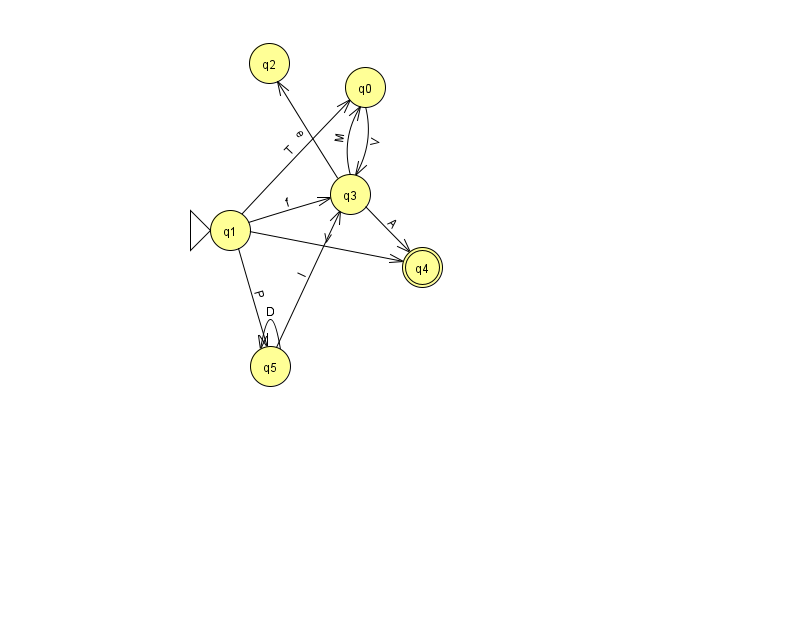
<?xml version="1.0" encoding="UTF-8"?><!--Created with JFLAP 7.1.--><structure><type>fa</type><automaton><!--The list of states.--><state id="0" name="q0"><x>365.0</x><y>74.0</y></state><state id="1" name="q1"><x>230.0</x><y>217.0</y><initial/></state><state id="2" name="q2"><x>269.0</x><y>50.0</y></state><state id="3" name="q3"><x>350.0</x><y>181.0</y></state><state id="4" name="q4"><x>422.0</x><y>254.0</y><final/></state><state id="5" name="q5"><x>270.0</x><y>353.0</y></state><!--The list of transitions.--><transition><from>1</from><to>4</to><read>V</read></transition><transition><from>0</from><to>3</to><read>V</read></transition><transition><from>1</from><to>0</to><read>T</read></transition><transition><from>5</from><to>5</to><read>D</read></transition><transition><from>3</from><to>4</to><read>A</read></transition><transition><from>1</from><to>3</to><read>f</read></transition><transition><from>1</from><to>5</to><read>P</read></transition><transition><from>3</from><to>0</to><read>M</read></transition><transition><from>3</from><to>2</to><read>e</read></transition><transition><from>5</from><to>3</to><read>I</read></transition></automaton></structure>